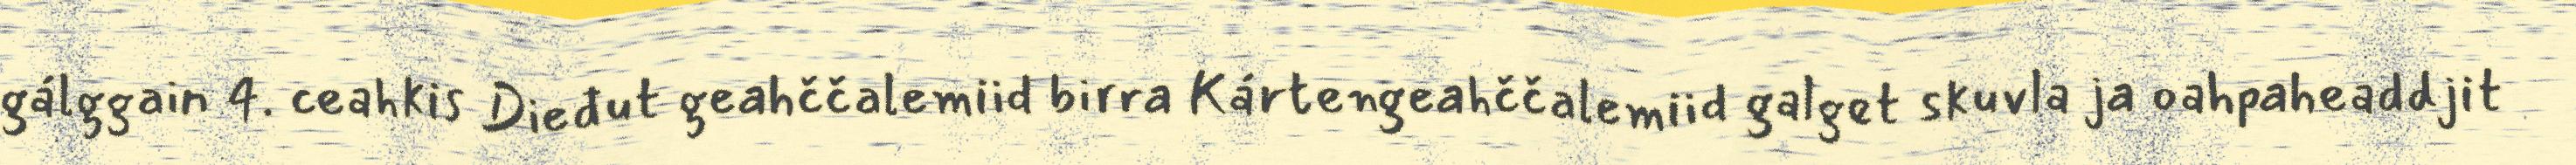
gálggain 4. ceahkis Dieđut geahččalemiid birra Kártengeahččalemiid galget skuvla ja oahpaheaddjit